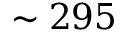
\sim 2 9 5